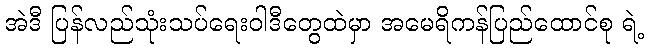
အဲဒီ ပြန်လည်သုံးသပ်ရေးဝါဒီတွေထဲမှာ အမေရိကန်ပြည်ထောင်စု ရဲ့